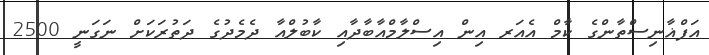
އަފްޣާނިސްތާންގެ ކާމް އެއަރ އިން އިސްލާމްއާބާދާއި ކާބުލްއާ ދެމެދުގެ ދަތުރަކަށް ނަގަނީ 2500